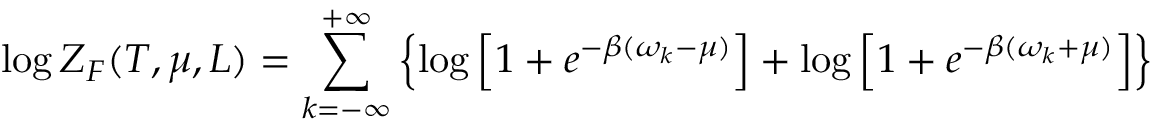
\log Z _ { F } ( T , \mu , L ) = \sum _ { k = - \infty } ^ { + \infty } \left\{ \log \left[ 1 + e ^ { - \beta ( \omega _ { k } - \mu ) } \right] + \log \left[ 1 + e ^ { - \beta ( \omega _ { k } + \mu ) } \right] \right\}